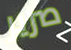
صرير